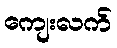
ကျေးလက်